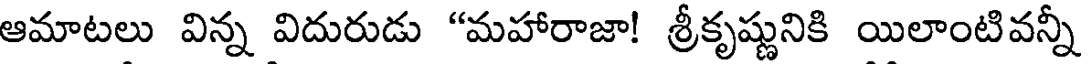
ఆమాటలు విన్న విదురుడు "మహారాజా! శ్రీకృష్ణునికి యిలాంటివన్నీ